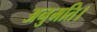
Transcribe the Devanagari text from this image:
अनुमति।